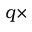
q \times